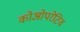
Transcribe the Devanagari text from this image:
कोओपरेटिव